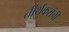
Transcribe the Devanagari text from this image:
तीर्थकरांची